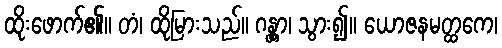
ထိုးဖောက်၏။ တံ၊ ထိုမြားသည်။ ဂန္တွာ၊ သွား၍။ ယောဇနမတ္ထကေ၊